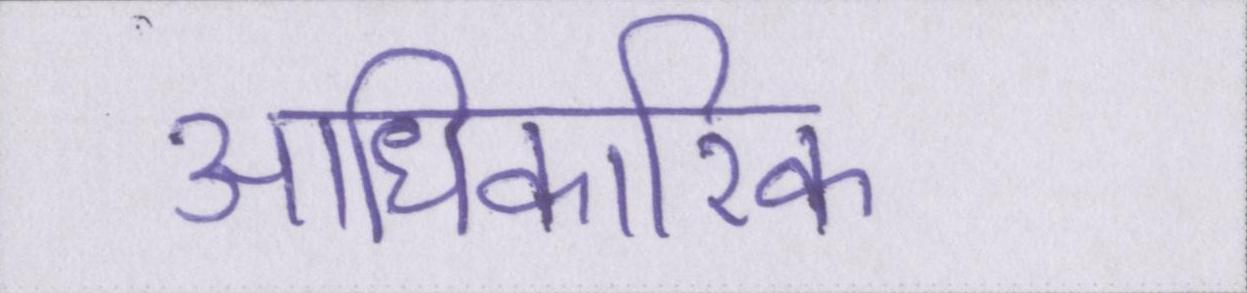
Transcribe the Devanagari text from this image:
आधिकारिक